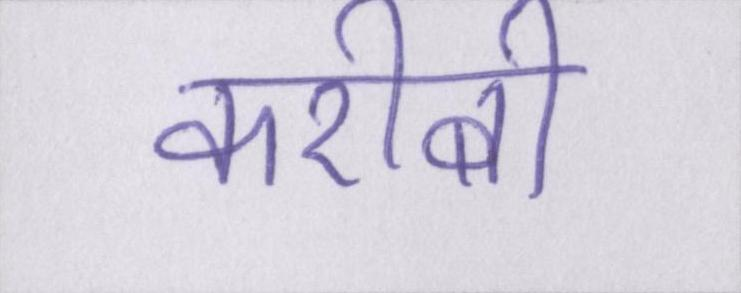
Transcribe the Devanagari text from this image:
करीबी